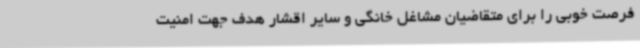
فرصت خوبی را برای متقاضیان مشاغل خانگی و سایر اقشار هدف جهت امنیت